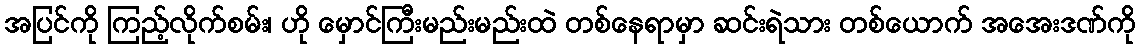
အပြင်ကို ကြည့်လိုက်စမ်း၊ ဟို မှောင်ကြီးမည်းမည်းထဲ တစ်နေရာမှာ ဆင်းရဲသား တစ်ယောက် အအေးဒဏ်ကို